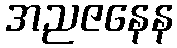
အညဇနေန